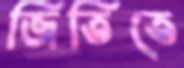
জিতিতে